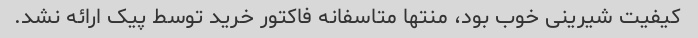
کیفیت شیرینی خوب بود، منتها متاسفانه فاکتور خرید توسط پیک ارائه نشد.